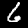
Label: 6